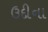
ઉદીના